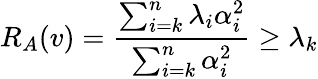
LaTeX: R_{A}(v)={\frac{\sum_{i=k}^{n}\lambda_{i}\alpha_{i}^{2}}{\sum_{i=k}^{n}\alpha_{i}^{2}}}\geq\lambda_{k}